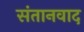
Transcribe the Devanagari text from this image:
संतानवाद